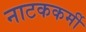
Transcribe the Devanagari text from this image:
नाटककर्मी